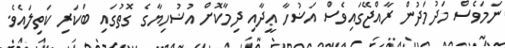
ނަމަވެސް މަދުމަދުން ރާއްޖޭގައިވެސް އަޟުހާ ޢީދާއި ދިމާކޮށް އުޟުހިޔާގެ ގޮތުގައި ބަަކަރި ކަތިލައެވެ.